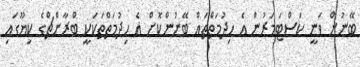
ބޭނުން ވަނީ ކަސްޓަމަރުން އެ ހިދުމަތްތައް ބޭނުންކޮށް އެ ހިދުމަތްތަކަކީ ބްރާންޗްގެ ކިޔޫގައި